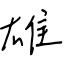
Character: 雄